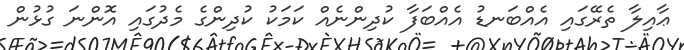
ޢާއިލާ ތެރޭގައި އެއްބަނޑު އެއްބަފާ ކުދިންނެއް ކަމަކު ކުދިންގެ މެދުގައި އޮންނަ ގުޅުން